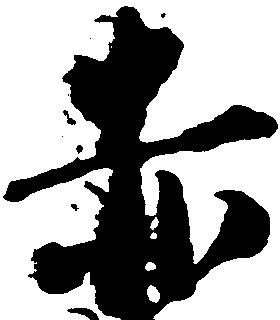
赤